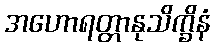
အဟောရတ္တာနုသိက္ခိနံ